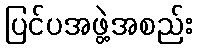
ပြင်ပအဖွဲ့အစည်း